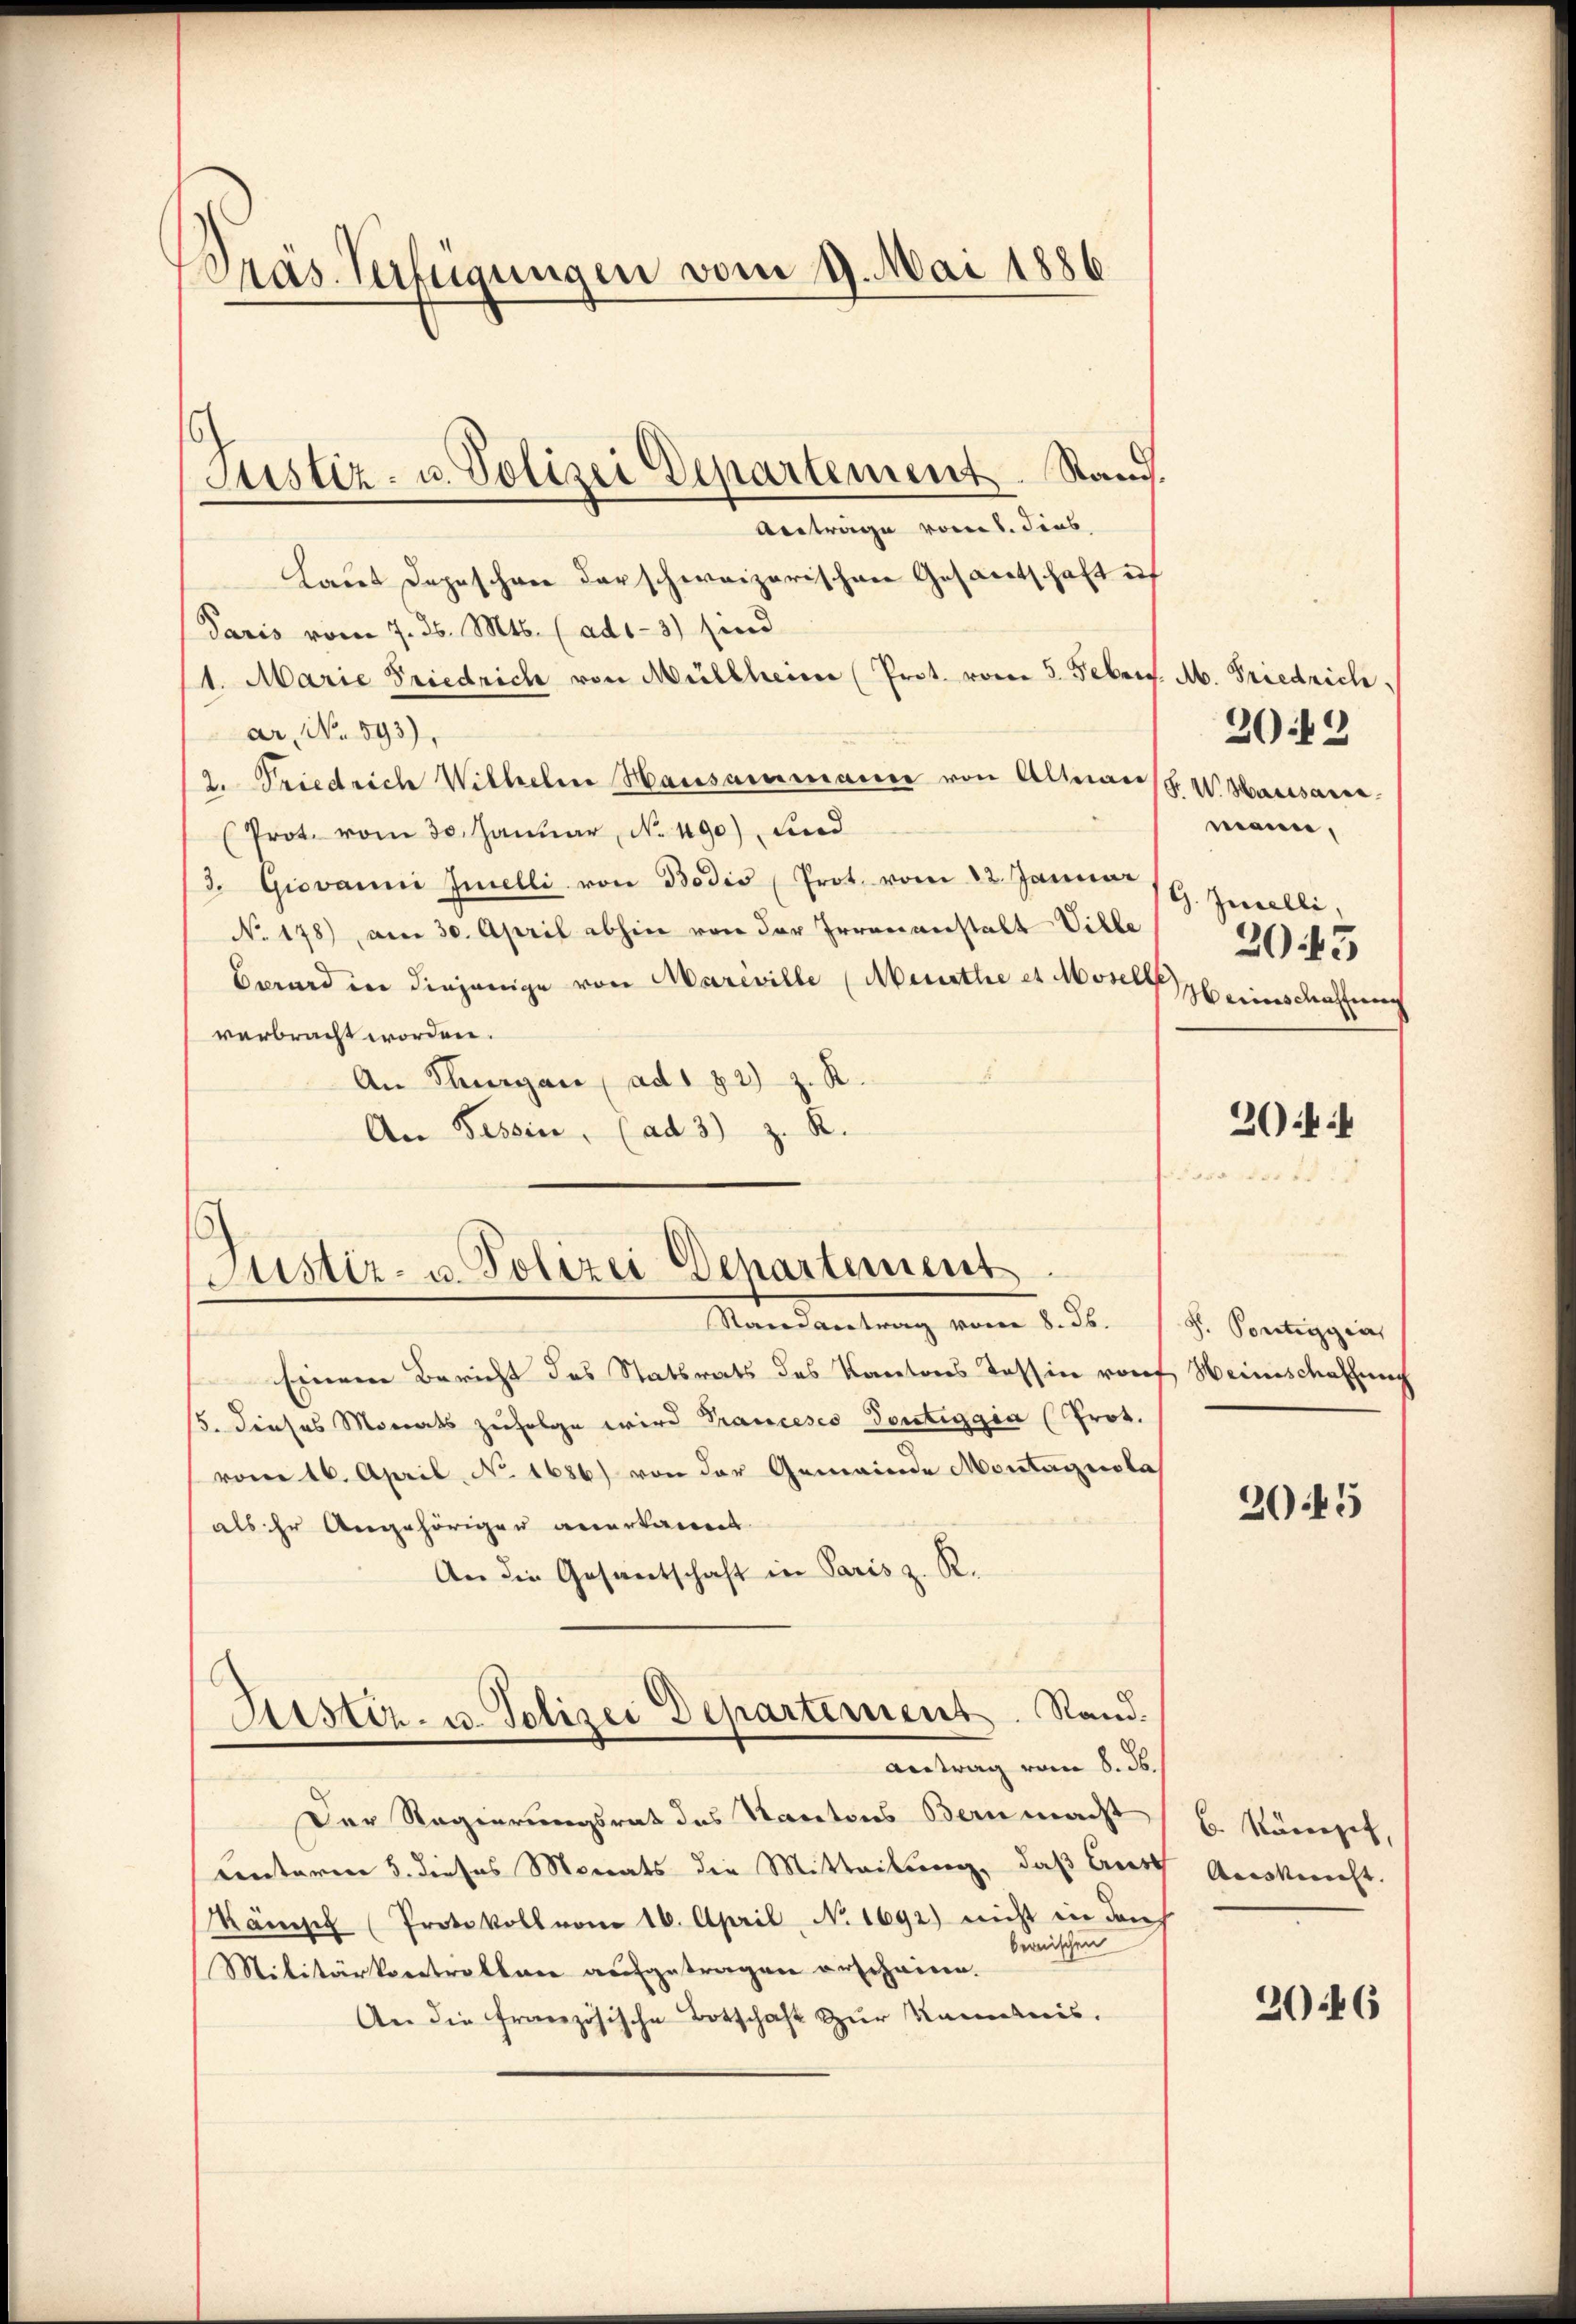
Präs. Verfügungen vom 9. Mai 1886

Antrage vort. dies
Laut Depeschen darschweizerischen Gesantschaft if
Paris vom 7. d. Mts. (ad1-3) sind
1. Marie Friedrich von Müllheim (Prot. vom 5. Febris. A. Friedrich,
ar, No. 593),
2. Friedrich Wilhelm Hausammanne von Altans. W. Hausanne
Prot. vom 30. Januar, No. 490) und
3. Giovanni Imelli von Bodis (Prot. vom 22. Januar 19. Jurelli,
No. 178) am 30. April abhin von der Irrenanstalt Ville
Barard in diejenige von Mareville (Aberathe et Moselbe
verbracht worden.
An Thurgau, ad 1 32) z. R.
An Tessin, (ad 3) z. R.
.

6
Justiz- u. Polizei Departement. Stam

Einem Bericht des Statsrats des Kantons Tessin rof Heinschaffung
5. dieses Monats zufolge wird Francesco donteggia (Prot.
vom 16. April, No 1686) von der Gemeinde Montagnola
als Er Angehörigen anerkannt
An die Gesantschaft in Paris z. R.
Der Regierungsrat des Kantons Bern macht
Unterm 5. dieses Monats die Mitteilung, daß Best
Kämisch (Protokoll vom 16. April, No. 1692) nicht in den
bernischen
Militärkontrollen aufgetragen erscheinen.
An die französische Botschaft zur Kenntnis.

Justiz- u. Polizei Departement
Randantrag vom 8. ds.

Justiz- u. Polizei Departement. Rand.
Antrag vom 8. ds.

2042
mann,
2043
eiinschaffung

2044

S. Portiggen

2045

6. Rämiget,
Auskunft. |

3046